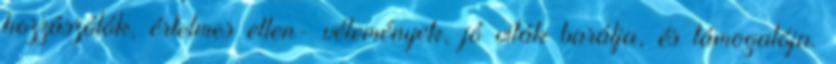
hozzászólók, értelmes ellen- vélemények, jó viták barátja, és támogatója.